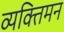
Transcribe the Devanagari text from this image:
व्यक्तिमन